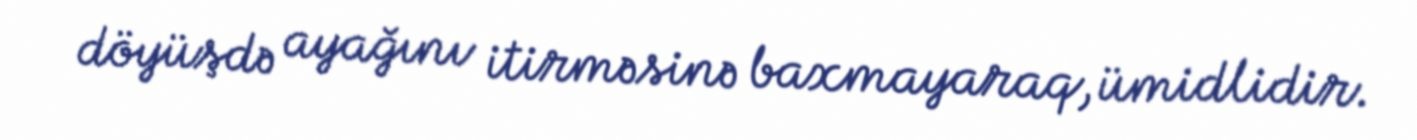
döyüşdə ayağını itirməsinə baxmayaraq, ümidlidir.